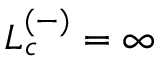
L _ { c } ^ { ( - ) } = \infty